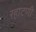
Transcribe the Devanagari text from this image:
रहाटणी